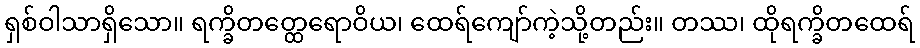
ရှစ်ဝါသာရှိသော။ ရက္ခိတတ္ထေရောဝိယ၊ ထေရ်ကျော်ကဲ့သို့တည်း။ တဿ၊ ထိုရက္ခိတထေရ်